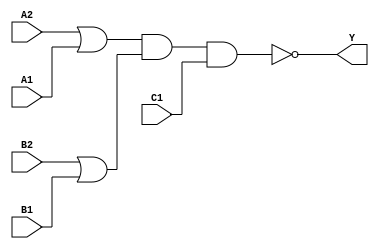
module sky130_fd_sc_hdll__o221ai_7 (
    Y ,
    A1,
    A2,
    B1,
    B2,
    C1
);
    output Y ;
    input  A1;
    input  A2;
    input  B1;
    input  B2;
    input  C1;
    wire or0_out    ;
    wire or1_out    ;
    wire nand0_out_Y;
    or   or0   (or0_out    , B2, B1              );
    or   or1   (or1_out    , A2, A1              );
    nand nand0 (nand0_out_Y, or1_out, or0_out, C1);
    buf  buf0  (Y          , nand0_out_Y         );
endmodule